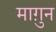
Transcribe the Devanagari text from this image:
माग़ुन